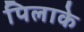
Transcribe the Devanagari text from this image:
पिलाके